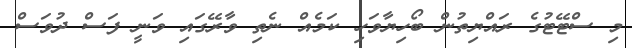
މި ސްޓޭޓުގެ ރައްޔިތުން ބޯހިޔާވަހި ކަމެއް ނެތި ވާރޭގައި ވަނީ ފަސް ދުވަސް